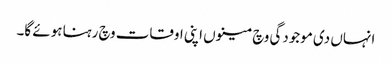
انہاں دی موجودگی وچ مینوں اپنی اوقات وچ رہنا ہوئے گا۔